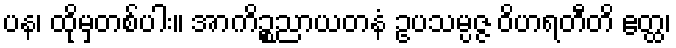
ပန၊ ထိုမှတစ်ပါး။ အာကိဉ္စညာယတနံ ဥပသမ္ပဇ္ဇ ဝိဟရတီတိ ဧတ္ထ၊